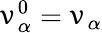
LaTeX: \upnu_{\alpha}^{0}=\upnu_{\alpha}